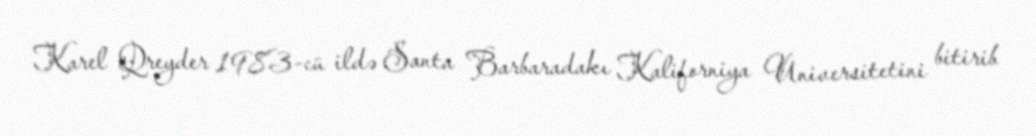
Karel Qreyder 1983-cü ildə Santa Barbaradakı Kaliforniya Universitetini bitirib